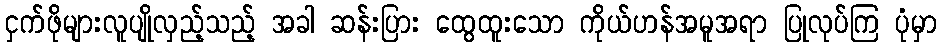
ငှက်ဖိုများလူပျိုလှည့်သည့် အခါ ဆန်းပြား ထွေထူးသော ကိုယ်ဟန်အမူအရာ ပြုလုပ်ကြ ပုံမှာ